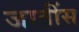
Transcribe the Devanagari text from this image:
जातींस